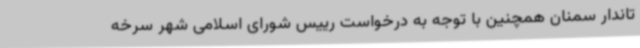
تاندار سمنان همچنین با توجه به درخواست رییس شورای اسلامی شهر سرخه